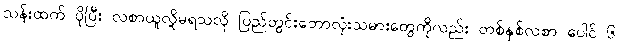
သန်းထက် ပိုပြီး လစာယူလို့မရသလို ပြည်တွင်းဘောလုံးသမားတွေကိုလည်း တစ်နှစ်လစာ ပေါင် ၆